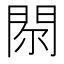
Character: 𨳴